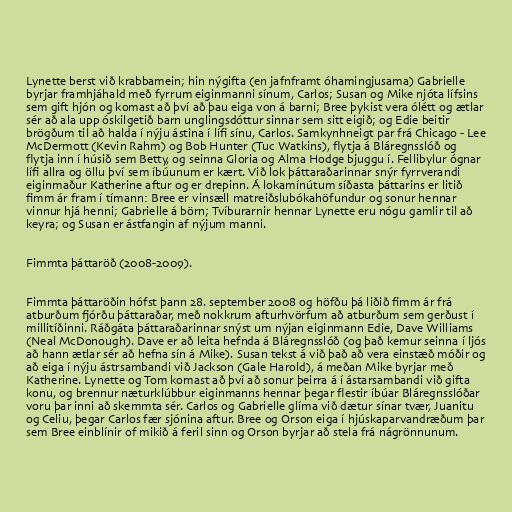
Lynette berst við krabbamein; hin nýgifta (en jafnframt óhamingjusama) Gabrielle
byrjar framhjáhald með fyrrum eiginmanni sínum, Carlos; Susan og Mike njóta lífsins
sem gift hjón og komast að því að þau eiga von á barni; Bree þykist vera ólétt og ætlar
sér að ala upp óskilgetið barn unglingsdóttur sinnar sem sitt eigið; og Edie beitir
brögðum til að halda í nýju ástina í lífi sínu, Carlos. Samkynhneigt par frá Chicago - Lee
McDermott (Kevin Rahm) og Bob Hunter (Tuc Watkins), flytja á Bláregnsslóð og
flytja inn í húsið sem Betty, og seinna Gloria og Alma Hodge bjuggu í. Fellibylur ógnar
lífi allra og öllu því sem íbúunum er kært. Við lok þáttaraðarinnar snýr fyrrverandi
eiginmaður Katherine aftur og er drepinn. Á lokamínútum síðasta þáttarins er litið
fimm ár fram í tímann: Bree er vinsæll matreiðslubókahöfundur og sonur hennar
vinnur hjá henni; Gabrielle á börn; Tvíburarnir hennar Lynette eru nógu gamlir til að
keyra; og Susan er ástfangin af nýjum manni.

Fimmta þáttaröð (2008-2009).

Fimmta þáttaröðin hófst þann 28. september 2008 og höfðu þá liðið fimm ár frá
atburðum fjórðu þáttaraðar, með nokkrum afturhvörfum að atburðum sem gerðust í
millitíðinni. Ráðgáta þáttaraðarinnar snýst um nýjan eiginmann Edie, Dave Williams
(Neal McDonough). Dave er að leita hefnda á Bláregnsslóð (og það kemur seinna í ljós
að hann ætlar sér að hefna sín á Mike). Susan tekst á við það að vera einstæð móðir og
að eiga í nýju ástrsambandi við Jackson (Gale Harold), á meðan Mike byrjar með
Katherine. Lynette og Tom komast að því að sonur þeirra á í ástarsambandi við gifta
konu, og brennur næturklúbbur eiginmanns hennar þegar flestir íbúar Bláregnsslóðar
voru þar inni að skemmta sér. Carlos og Gabrielle glíma við dætur sínar tvær, Juanitu
og Celiu, þegar Carlos fær sjónina aftur. Bree og Orson eiga í hjúskaparvandræðum þar
sem Bree einblínir of mikið á feril sinn og Orson byrjar að stela frá nágrönnunum.